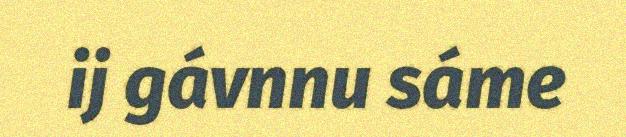
ij gávnnu sáme